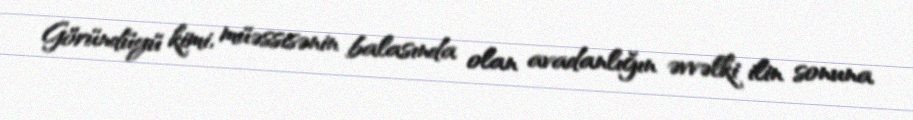
Göründüyü kimi, müəssisənin balasında olan avadanlığın əvvəlki ilin sonuna